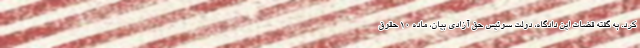
کرد. به گفته قضات این دادگاه، دولت سوئیس حق آزادی بیان، ماده ۱۰ حقوق